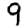
Digit: 9